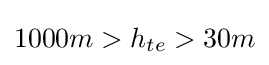
1000m>h_{te}>30m